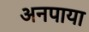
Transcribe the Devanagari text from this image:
अनपाया